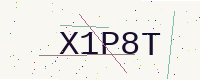
Text: X1P8T